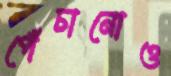
পেঁচানোও